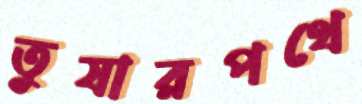
তুষারপথে